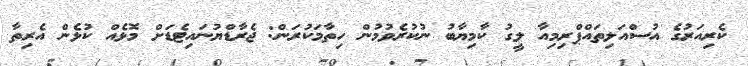
ކެރިއަރުގެ އުސްއަލިތައްޕްރިމިއާ ލީގު ކާމިޔާބު ނުކުރެވުުމުން ހިތާމަކުރަން: ޖެރާޑްޔުނައިޓެޑަށް މޮޅެއް ކުޅެން އެރިތާ